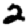
Digit: 2